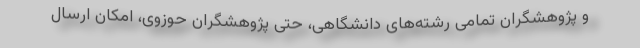
و پژوهشگران تمامی رشته‌های دانشگاهی، حتی پژوهشگران حوزوی، امکان ارسال